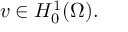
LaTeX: v \in H _ { 0 } ^ { 1 } ( \Omega ) .